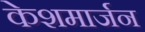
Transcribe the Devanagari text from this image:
केशमार्जन